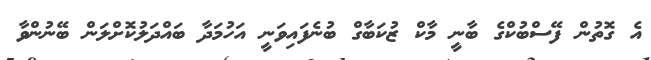
އެ ގޮތުން ފޭސްބުކްގެ ބާނީ މާކް ޒުކަބާގް ބުނެފައިވަނީ އަހުމަދާ ބައްދަލުކޮށްލަން ބޭނުންވާ